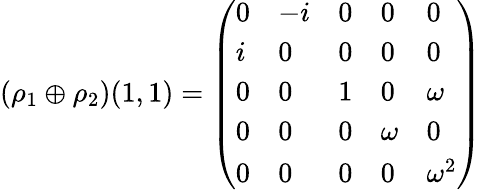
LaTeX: (\rho_{1}\oplus\rho_{2})(1,1)={\left(\begin{array}{lllll}{0}&{-i}&{0}&{0}&{0}\\ {i}&{0}&{0}&{0}&{0}\\ {0}&{0}&{1}&{0}&{\omega}\\ {0}&{0}&{0}&{\omega}&{0}\\ {0}&{0}&{0}&{0}&{\omega^{2}}\end{array}\right)}